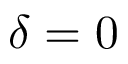
\delta = 0